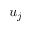
u _ { j }